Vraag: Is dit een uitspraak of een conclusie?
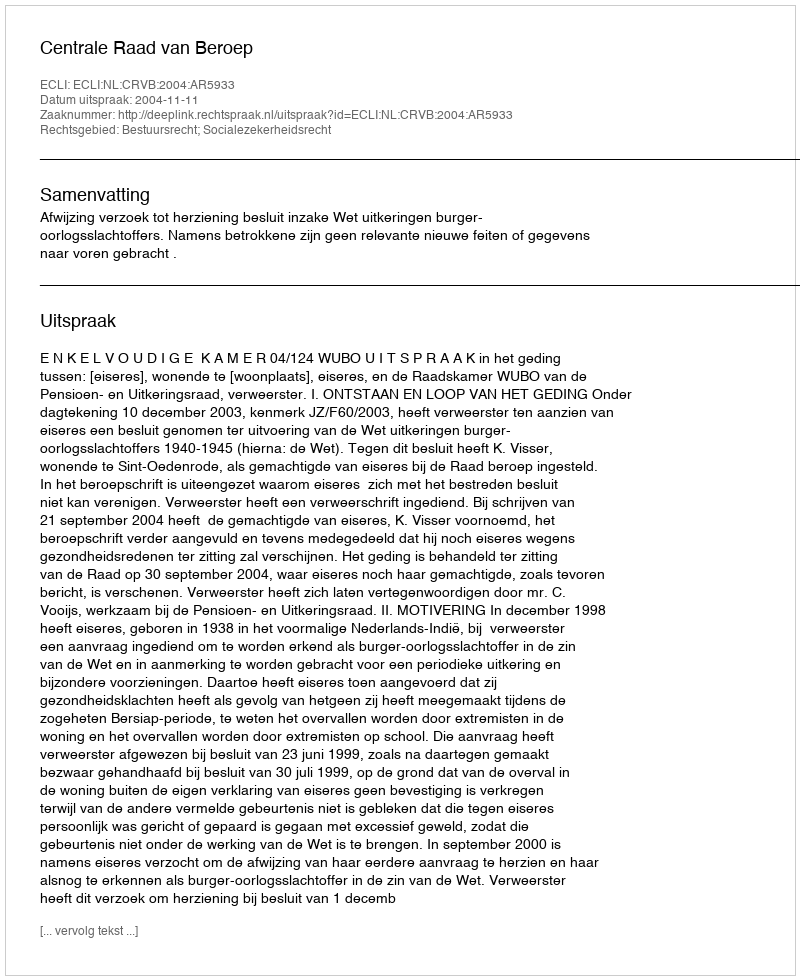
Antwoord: Uitspraak